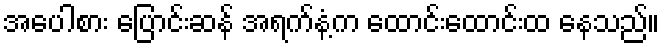
အပေါစား ပြောင်းဆန် အရက်နံ့က ထောင်းထောင်းထ နေသည်။